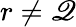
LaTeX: r\neq\mathscr{Q}